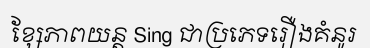
ខ្សែភាពយន្ត Sing ជាប្រភេទរឿងគំនូរ